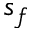
s _ { f }